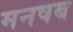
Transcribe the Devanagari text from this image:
मनषब